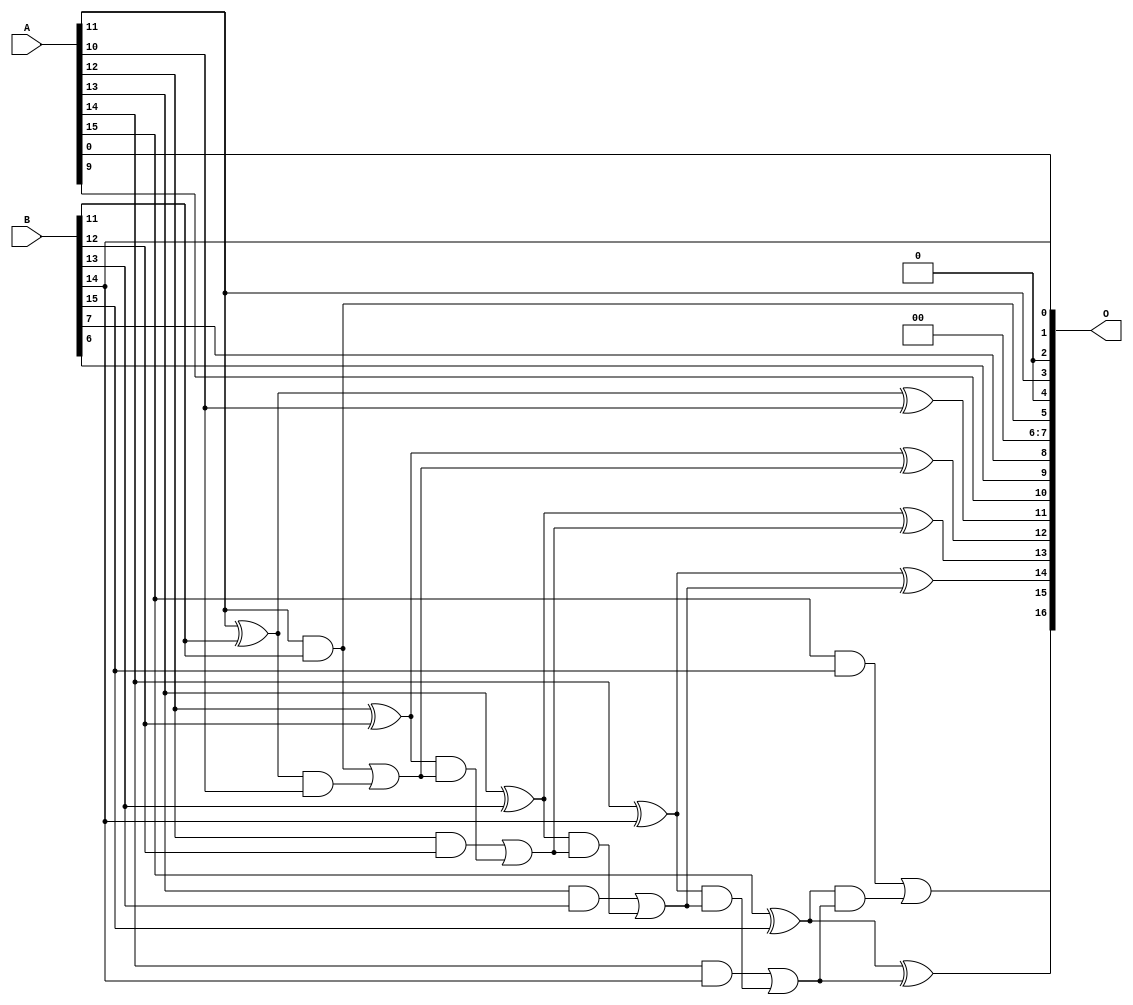
// This program was cloned from: https://github.com/ehw-fit/evoapproxlib
// License: MIT License

/***
* This code is a part of EvoApproxLib library (ehw.fit.vutbr.cz/approxlib) distributed under The MIT License.
* When used, please cite the following article(s):  
* This file contains a circuit from a sub-set of pareto optimal circuits with respect to the pwr and mse parameters
***/
// MAE% = 0.54 %
// MAE = 712 
// WCE% = 1.80 %
// WCE = 2365 
// WCRE% = 700.00 %
// EP% = 99.96 %
// MRE% = 1.50 %
// MSE = 761357 
// PDK45_PWR = 0.022 mW
// PDK45_AREA = 46.9 um2
// PDK45_DELAY = 0.43 ns


module add16u_0M6(A, B, O);
  input [15:0] A, B;
  output [16:0] O;
  wire sig_80, sig_83, sig_84, sig_86, sig_88, sig_89;
  wire sig_90, sig_91, sig_93, sig_94, sig_95, sig_96;
  wire sig_98, sig_99, sig_100, sig_101, sig_103, sig_104;
  wire sig_105, sig_106;
  assign O[3] = A[11];
  assign O[4] = 1'b0;
  assign O[2] = 1'b0;
  assign O[6] = 1'b0;
  assign O[7] = 1'b0;
  assign sig_80 = A[10] & A[10];
  assign sig_83 = sig_80;
  assign sig_84 = A[11] ^ B[11];
  assign O[5] = A[11] & B[11];
  assign sig_86 = sig_84 & sig_83;
  assign O[11] = sig_84 ^ sig_83;
  assign sig_88 = O[5] | sig_86;
  assign sig_89 = A[12] ^ B[12];
  assign sig_90 = A[12] & B[12];
  assign sig_91 = sig_89 & sig_88;
  assign O[12] = sig_89 ^ sig_88;
  assign sig_93 = sig_90 | sig_91;
  assign sig_94 = A[13] ^ B[13];
  assign sig_95 = A[13] & B[13];
  assign sig_96 = sig_94 & sig_93;
  assign O[13] = sig_94 ^ sig_93;
  assign sig_98 = sig_95 | sig_96;
  assign sig_99 = A[14] ^ B[14];
  assign sig_100 = A[14] & B[14];
  assign sig_101 = sig_99 & sig_98;
  assign O[14] = sig_99 ^ sig_98;
  assign sig_103 = sig_100 | sig_101;
  assign sig_104 = A[15] ^ B[15];
  assign sig_105 = A[15] & B[15];
  assign sig_106 = sig_104 & sig_103;
  assign O[15] = sig_104 ^ sig_103;
  assign O[16] = sig_105 | sig_106;
  assign O[0] = B[14];
  assign O[1] = A[0];
  assign O[8] = B[7];
  assign O[9] = B[6];
  assign O[10] = A[9];
endmodule